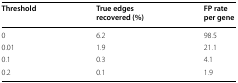
| Threshold | True edges recovered (%) | FP rate per gene |
 | --- | --- | --- |
 | 0 | 6.2 | 98.5 |
 | 0.01 | 1.9 | 21.1 |
 | 0.1 | 0.3 | 4.1 |
 | 0.2 | 0.1 | 1.9 |